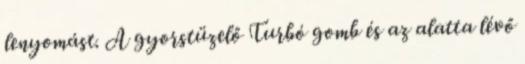
lenyomást. A gyorstüzelő Turbó gomb és az alatta lévő